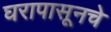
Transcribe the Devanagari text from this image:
घरापासूनचे